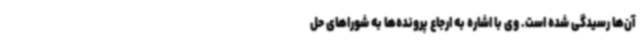
آن‌ها رسیدگی شده است. وی با اشاره به ارجاع پرونده‌ها به شوراهای حل